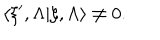
\langle \xi ^ { \prime } , \Lambda | \xi , \Lambda \rangle \not = 0 .